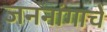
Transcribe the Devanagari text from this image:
जननांगाचे